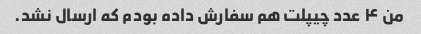
من ۴ عدد چیپلت هم سفارش داده بودم که ارسال نشد.